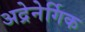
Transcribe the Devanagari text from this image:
अद्रेनेर्गिक